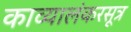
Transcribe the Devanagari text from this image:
काव्यालंकरसूत्र